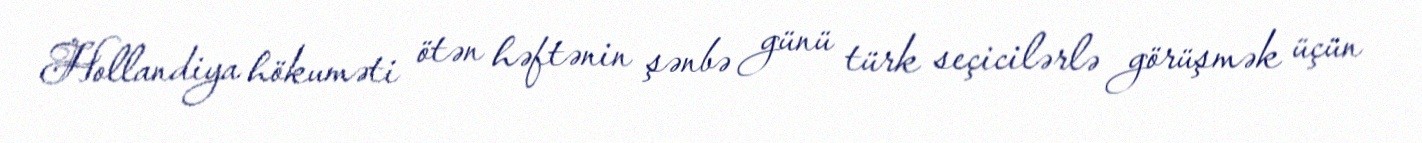
Hollandiya hökuməti ötən həftənin şənbə günü türk seçicilərlə görüşmək üçün